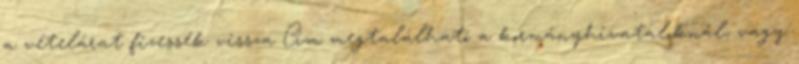
a vételárat fizessék vissza Cím megtalálható a kormányhivataloknál, vagy